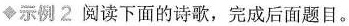
◆示例2 阅读下面的诗歌，完成后面题目。